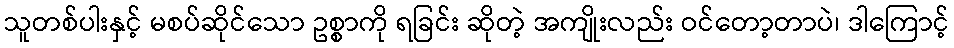
သူတစ်ပါးနှင့် မစပ်ဆိုင်သော ဥစ္စာကို ရခြင်း ဆိုတဲ့ အကျိုးလည်း ဝင်တော့တာပဲ၊ ဒါကြောင့်